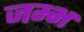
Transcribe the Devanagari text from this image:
जम्भ